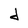
Character: j